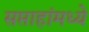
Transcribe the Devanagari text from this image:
सप्ताहांमध्ये